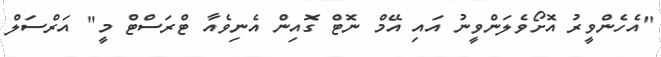
"އެހެންވީރު އޮށޯވެލަންވީނު އައި އޭމް ނޮޓް ގޮއިން އެނިވެއާ ޓްރަސްޓް މީ" އަރްސަލް